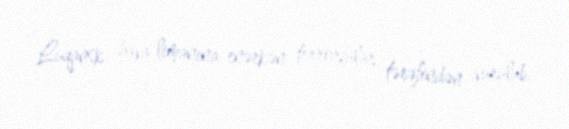
Luqansk hava limanına enərkən terrorçular tərəfindən vurulub.